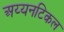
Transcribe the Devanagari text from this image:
अय्यनटिकल